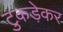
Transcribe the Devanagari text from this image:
टुकड़ेकर